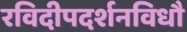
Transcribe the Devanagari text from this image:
रविदीपदर्शनविधौ